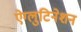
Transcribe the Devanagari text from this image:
ऐग्लुटिनेशन